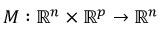
\boldsymbol { M } : \mathbb { R } ^ { n } \times \mathbb { R } ^ { p } \to \mathbb { R } ^ { n }